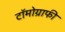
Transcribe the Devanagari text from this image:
टॉमोग्राफी